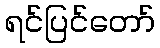
ရင်ပြင်တော်